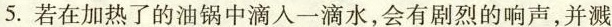
5.若在加热了的油锅中滴入一滴水，会有剧烈的响声，并溅